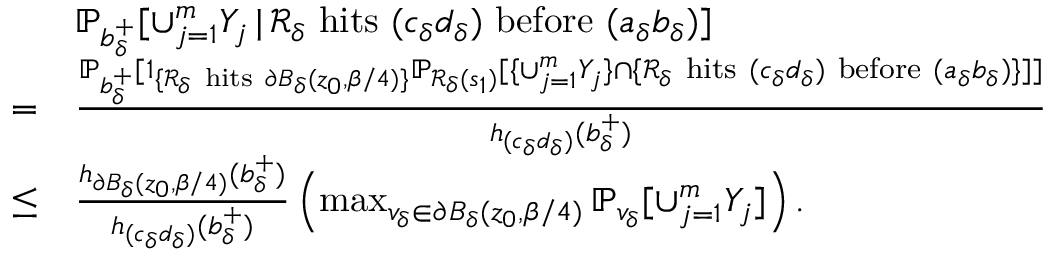
\begin{array} { r l } & { \mathbb { P } _ { b _ { \delta } ^ { + } } [ \cup _ { j = 1 } ^ { m } Y _ { j } \, | \, \mathcal { R } _ { \delta } \mathrm { ~ h i t s ~ } ( c _ { \delta } d _ { \delta } ) \mathrm { ~ b e f o r e ~ } ( a _ { \delta } b _ { \delta } ) ] } \\ { = } & { \frac { \mathbb { P } _ { b _ { \delta } ^ { + } } [ \mathbb { 1 } _ { \{ \mathcal { R } _ { \delta } \mathrm { ~ h i t s ~ } \partial B _ { \delta } ( z _ { 0 } , \beta / 4 ) \} } \mathbb { P } _ { \mathcal { R } _ { \delta } ( s _ { 1 } ) } [ \{ \cup _ { j = 1 } ^ { m } Y _ { j } \} \cap \{ \mathcal { R } _ { \delta } \mathrm { ~ h i t s ~ } ( c _ { \delta } d _ { \delta } ) \mathrm { ~ b e f o r e ~ } ( a _ { \delta } b _ { \delta } ) \} ] ] } { h _ { ( c _ { \delta } d _ { \delta } ) } ( b _ { \delta } ^ { + } ) } } \\ { \le } & { \frac { h _ { \partial B _ { \delta } ( z _ { 0 } , \beta / 4 ) } ( b _ { \delta } ^ { + } ) } { h _ { ( c _ { \delta } d _ { \delta } ) } ( b _ { \delta } ^ { + } ) } \left( \operatorname* { m a x } _ { v _ { \delta } \in \partial B _ { \delta } ( z _ { 0 } , \beta / 4 ) } \mathbb { P } _ { v _ { \delta } } [ \cup _ { j = 1 } ^ { m } Y _ { j } ] \right) . } \end{array}